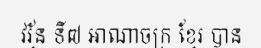
វរ្ម័ន ទី៧ អាណាចក្រ ខ្មែរ បាន